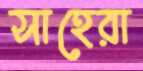
সাহেরা